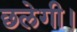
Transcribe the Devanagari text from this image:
छलेगी।